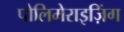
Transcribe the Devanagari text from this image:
पोलिमेराइज़िंग